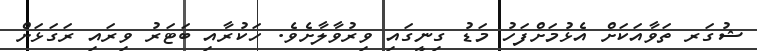
ޝުގަރ ތަވާއަކަށް އެޅުމަށްފަހު މަޑު ގިނީގައި ވިރުވާލާށެވެ. ހަކުރާއި ބަޓަރު ވިރައި ރަގަޅަށް